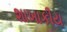
શાખાકીય